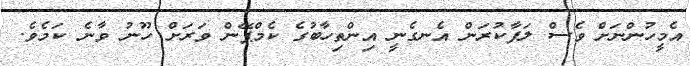
އެމީހުންނަށް ވެސް ލަފާކުރަން އެނގެނީ އިންތިހާބުގެ ކެމްޕޭން ވަރަށް ހޫނު ވާނެ ކަމެވެ.